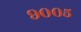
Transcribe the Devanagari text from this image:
९००५